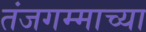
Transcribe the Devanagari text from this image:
तंजगम्माच्या